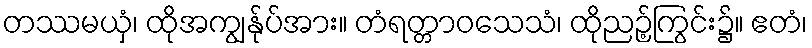
တဿမယှံ၊ ထိုအကျွန်ုပ်အား။ တံရတ္တာဝသေသံ၊ ထိုညဉ့်ကြွင်း၌။ ဧတံ၊